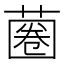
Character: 蔨